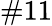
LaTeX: \# 11